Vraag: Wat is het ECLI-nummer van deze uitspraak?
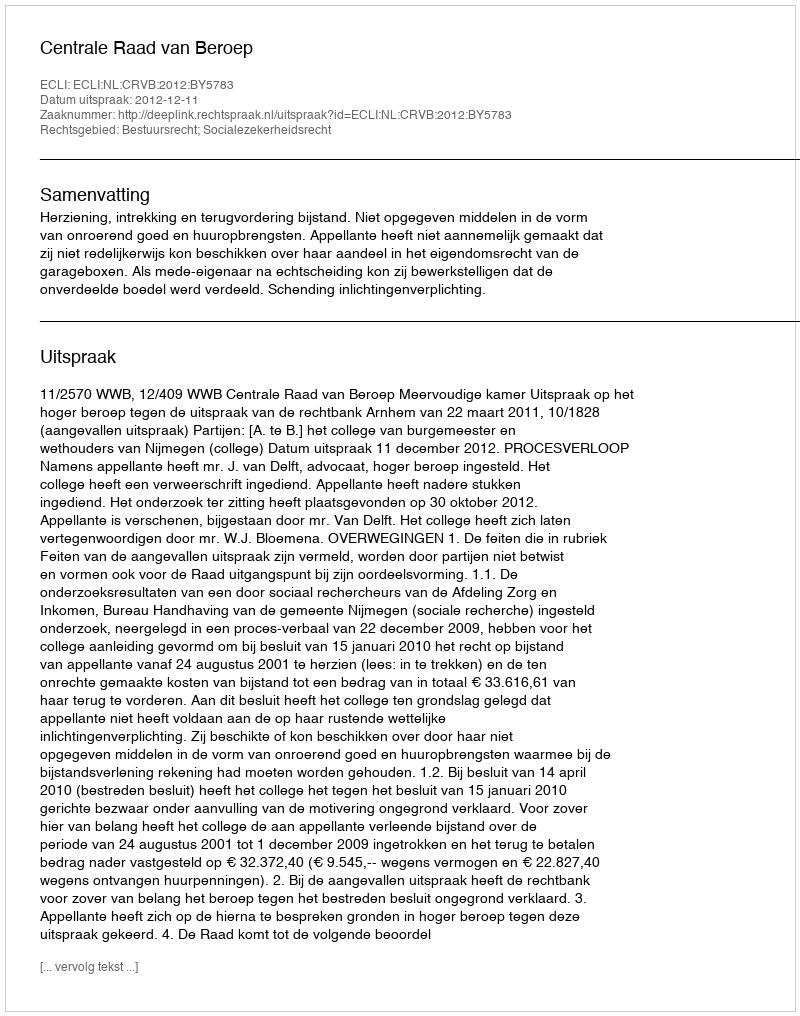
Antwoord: ECLI:NL:CRVB:2012:BY5783